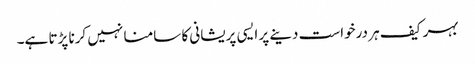
بہر کیف ہر درخواست دینے پر ایسی پریشانی کا سامنا نہیں کرنا پڑتا ہے۔